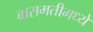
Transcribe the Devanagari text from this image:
बासमतीमध्ये